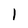
Character: 1